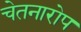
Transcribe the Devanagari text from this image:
चेतनारोप